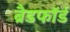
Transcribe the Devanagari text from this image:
ब्रैडफाॅर्ड